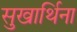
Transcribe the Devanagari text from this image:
सुखार्थिना